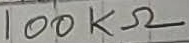
Text: 100KΩ